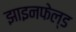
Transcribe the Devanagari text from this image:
झाइनफेल्ड